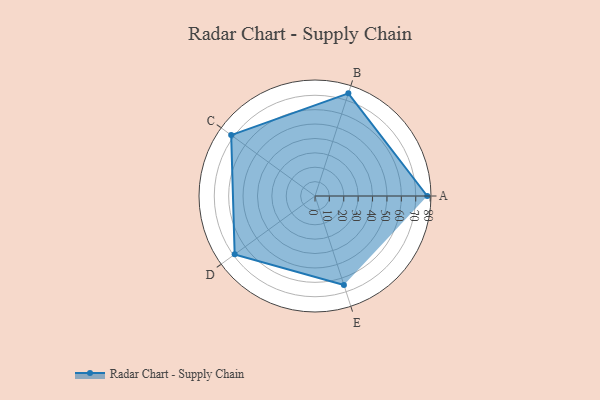
{"axis": {"x": "Skill", "y": "Score"}, "legend": ["Profile"], "data": [{"x": "A", "y": 78.0, "type": "Profile"}, {"x": "B", "y": 75.0, "type": "Profile"}, {"x": "C", "y": 72.0, "type": "Profile"}, {"x": "D", "y": 69.0, "type": "Profile"}, {"x": "E", "y": 65.0, "type": "Profile"}]}